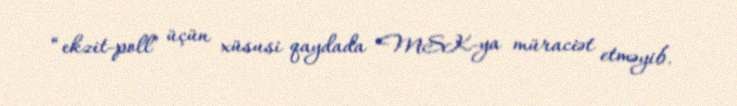
“ekzit-poll” üçün xüsusi qaydada MSK-ya müraciət etməyib.